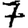
Digit: 7